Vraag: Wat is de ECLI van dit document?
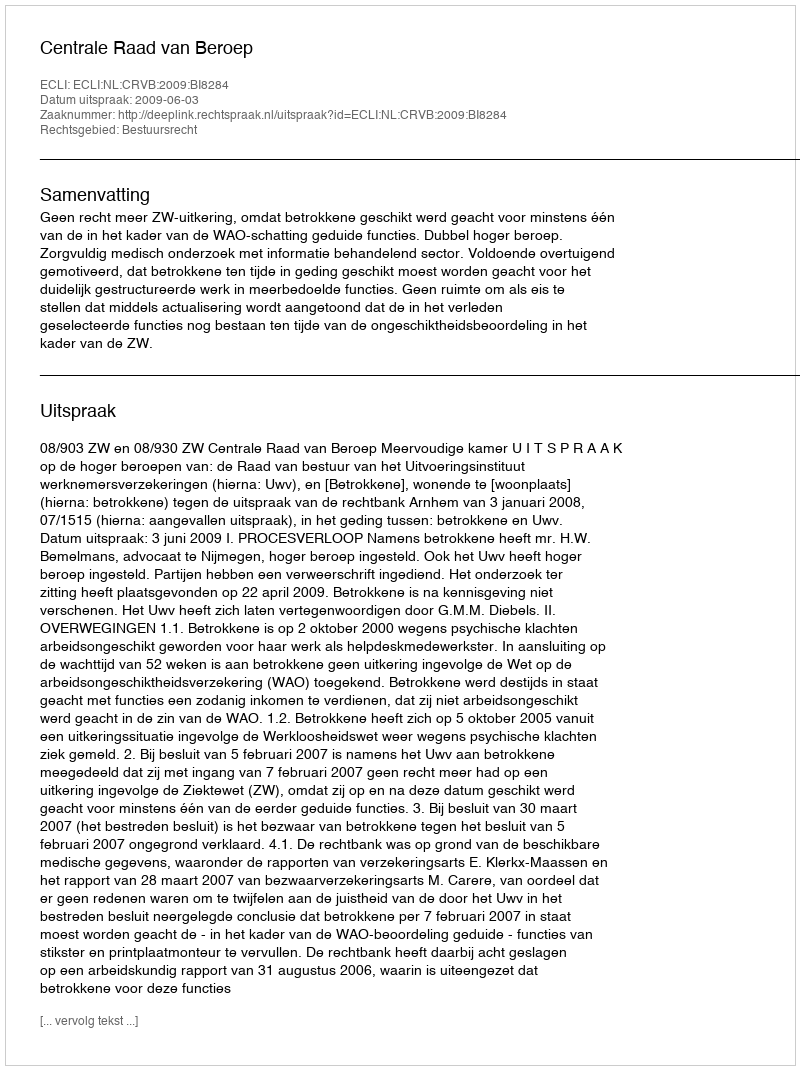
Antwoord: ECLI:NL:CRVB:2009:BI8284